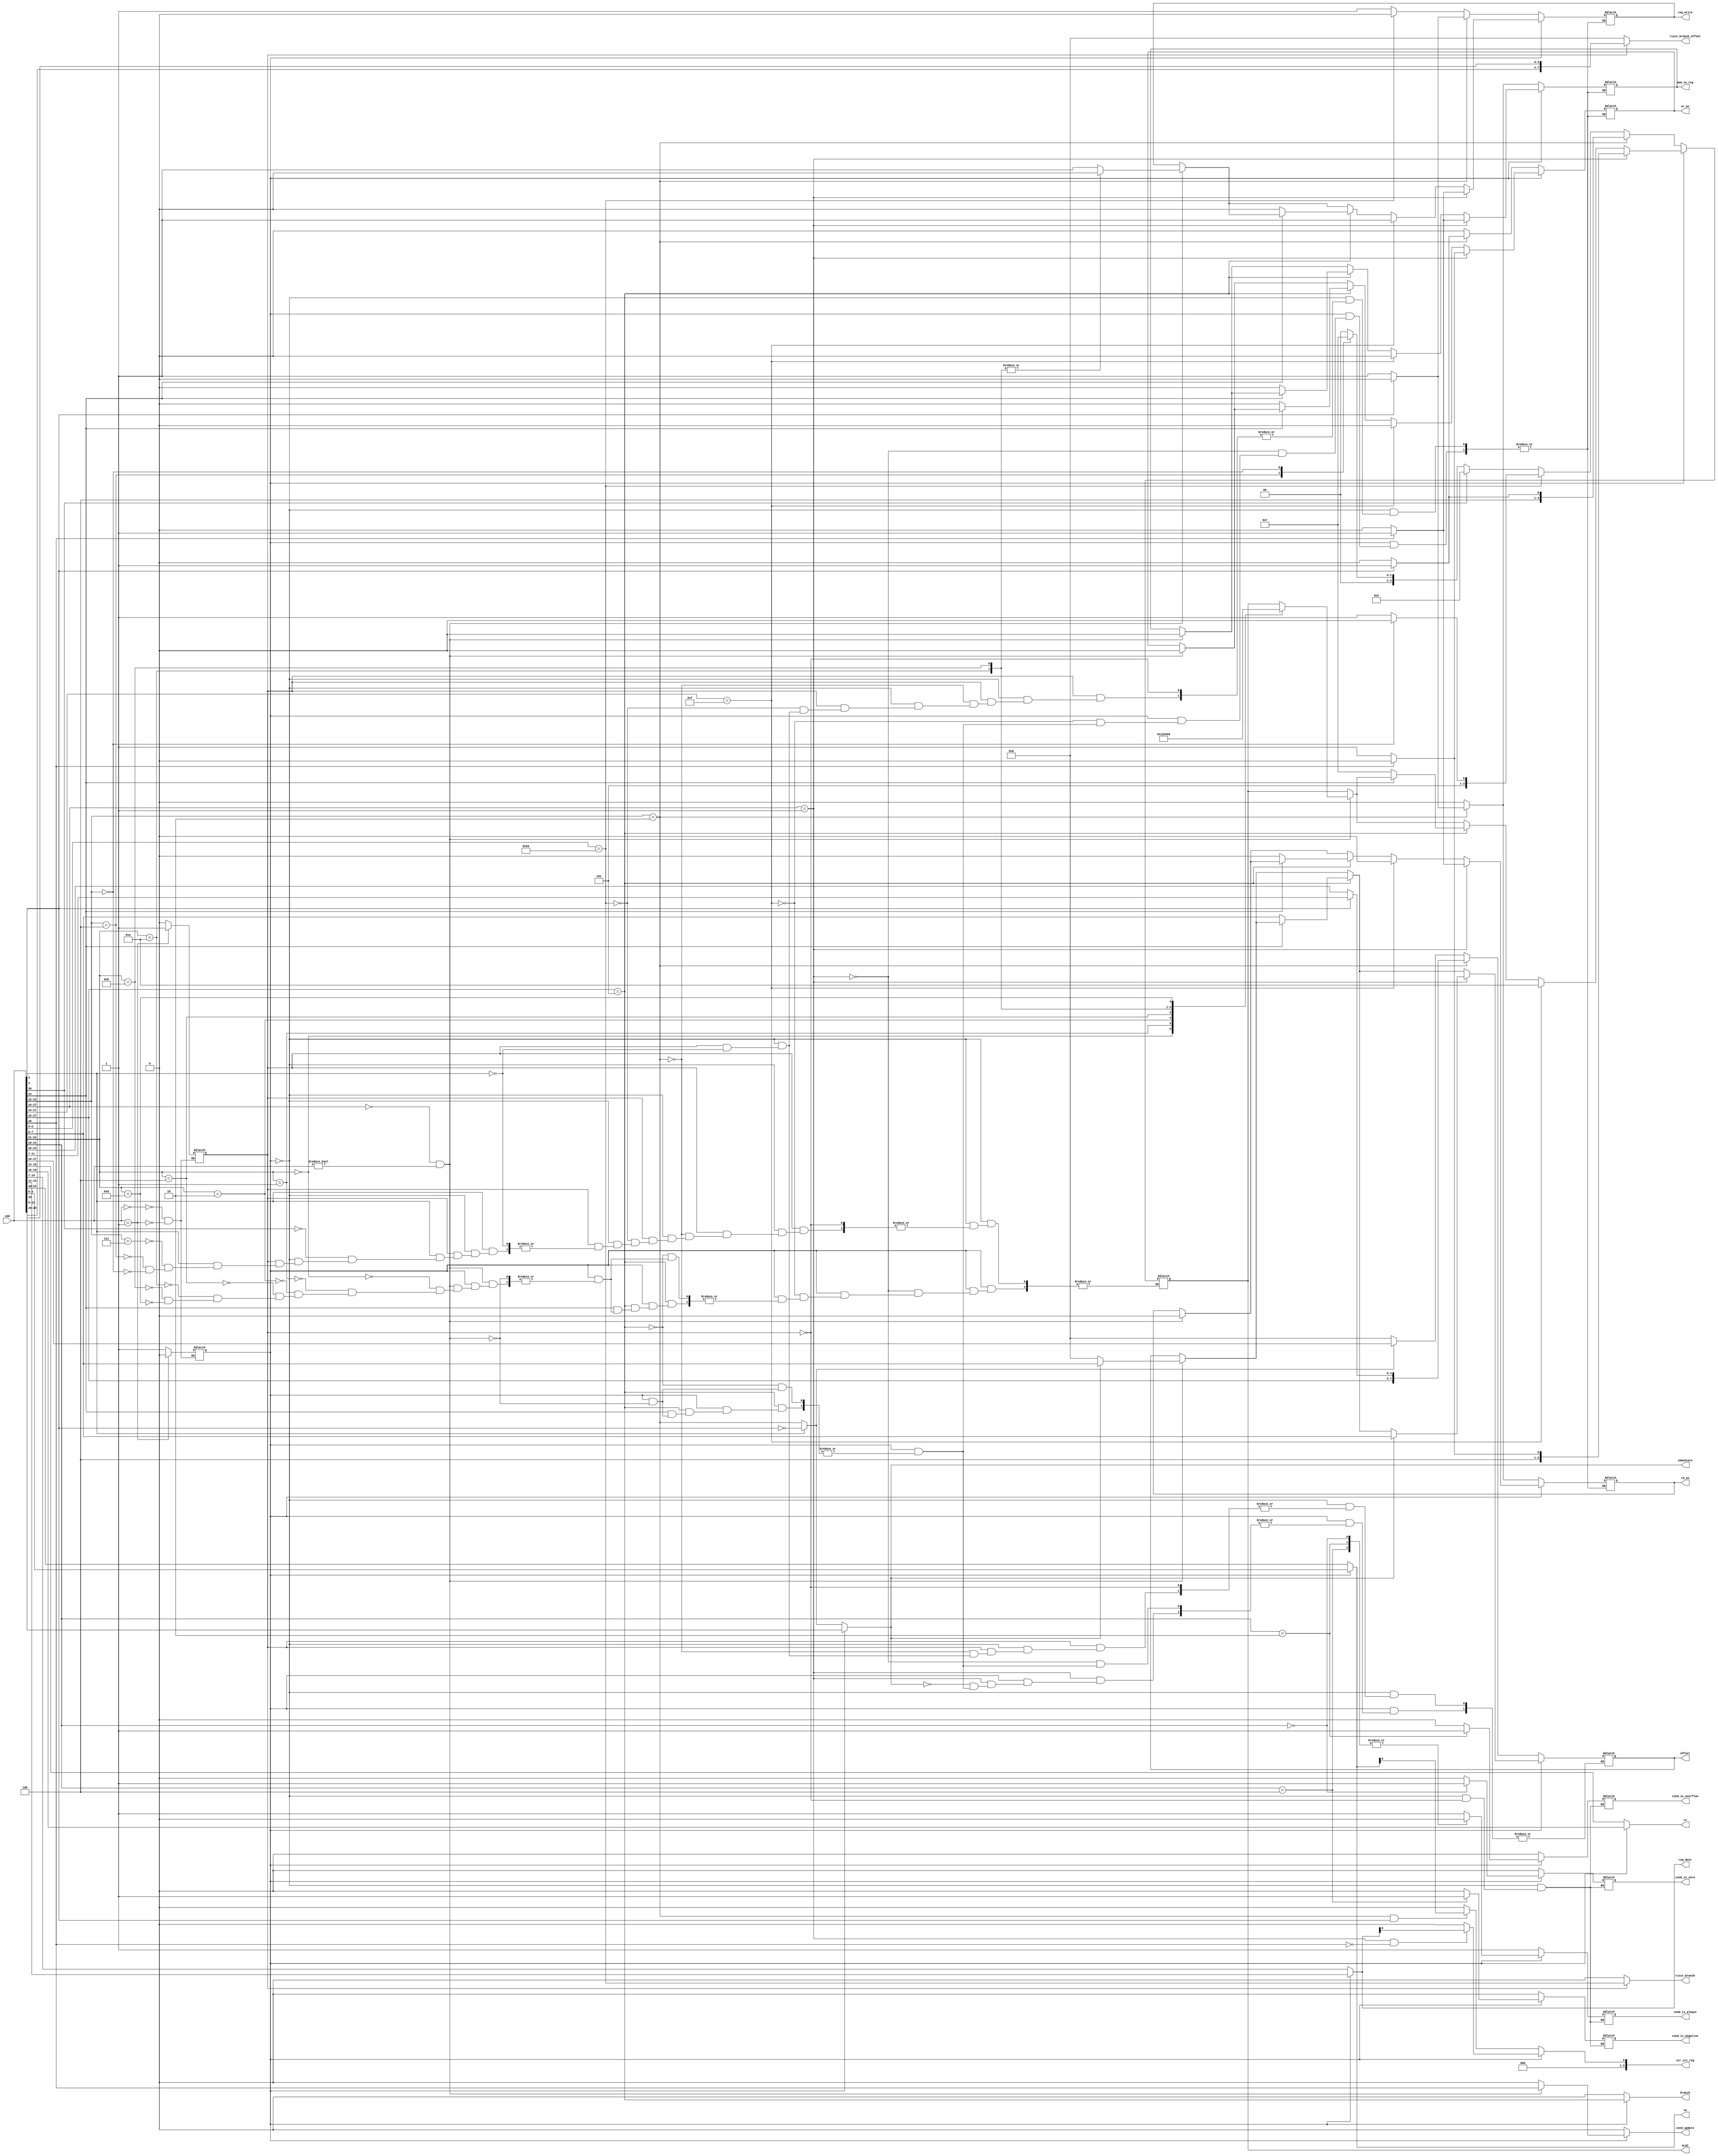
module ControlUnit (cmd,ALUC,rn,rm,reg_dest,str_src_reg,rd_en,wr_en,mem_to_reg,branch,reg_write,immediate,offset,cond_is_zero,
                    cond_is_negative,cond_is_overflow,cond_is_always,cond_update,riscv_branch_offset,riscv_branch);
  input [31:0] cmd;
  output reg rd_en,wr_en,mem_to_reg,reg_write;
  output [3:0]rn,rm,reg_dest;
  output reg [3:0]ALUC;
  output immediate,branch;
  output reg [7:0]offset;
  output [3:0] str_src_reg;
  output reg cond_is_zero;
  output reg cond_is_negative;
  output reg cond_is_overflow;
  output reg cond_is_always;
  output reg cond_update;
  output reg [7:0]riscv_branch_offset;
  output riscv_branch;
  wire cmd_is_dp;
  wire cmd_is_swi;
  wire cmd_is_b;
  wire cmd_is_ld_str;
  wire [3:0]cmd_conditions_bits;
  wire arm_str_reg;
  wire immediate_risc;
  
  reg arm_isa;
  reg riscv_isa;
  //RISC-V
  wire             cmd_risc_is_dp;
  wire             cmd_risc_is_swi;
  wire             cmd_risc_is_b;
  wire             cmd_risc_is_ld_str;
  wire riscv_str_reg;
  
  assign cmd_is_dp =  ( cmd[27:26]==2'b0 ) & (cmd != 32'b0);
  assign cmd_is_swi =  ( cmd[27:24]==4'b1111 );
  assign cmd_is_b =  ( cmd[27:25]==3'b101 );
  assign cmd_is_ld_str =  ( cmd[27:26]==2'b01 );
  assign rn = arm_isa ? cmd[19:16]: cmd[18:15];
  assign reg_dest = arm_isa ? cmd[15:12]:cmd[10:7]; 
  assign rm = arm_isa ? cmd[3:0]:cmd[23:20];
    
  assign immediate = arm_isa ? cmd[25]: immediate_risc;
  assign immediate_risc = cmd_risc_is_dp ? ~ cmd[5] : cmd_risc_is_ld_str;
  assign cond_update = arm_isa ? (cmd_is_dp ? cmd[20] : 0) :0;
  assign arm_str_reg = (cmd_is_ld_str & (cmd[20] == 1'b0)) ? reg_dest :4'b0;
  assign risc_str_reg = (cmd_risc_is_ld_str & cmd[5] == 1'b1) ? rm : 4'b0;
  assign str_src_reg = arm_isa ? arm_str_reg :risc_str_reg;
  assign cmd_conditions_bits = cmd[31:28];
  assign riscv_branch_offset = riscv_isa ? {cmd[28:25],cmd[11:8]}:8'b0; 
  //RISC-v
  assign cmd_risc_is_dp =  ( cmd[4]==1'b1 );
  assign cmd_risc_is_b =  ( cmd[6:0]==7'b1100011 );
  assign cmd_risc_is_ld_str =  ( cmd[14:12]==3'b010 );
  
  assign branch = arm_isa ? cmd_is_b : 0;
  assign riscv_branch = riscv_isa ? cmd_risc_is_b : 0;
  
  always @(*) begin
    case(cmd)
      32'h00000000 : begin
        arm_isa <= 1;
        riscv_isa <= 0;
      end
      32'h00000001: begin
        arm_isa <= 0;
        riscv_isa <= 1;
      end
    endcase
     end
  //data - processing
  always @(*) begin
    if (arm_isa) begin
      //default 
      cond_is_zero = 0;
      cond_is_negative = 0;
      cond_is_overflow = 0;
      cond_is_always = 0;

      case(cmd_conditions_bits)
        4'b0000: cond_is_zero = 1;
        4'b0100: cond_is_negative = 1;
        4'b0010: cond_is_overflow = 1;
        4'b1110: cond_is_always = 1;
        default: cond_is_always = 1;
      endcase

      if ( cmd_is_dp ) begin
        offset = immediate ? cmd[7:0] : 8'b0; //immediate
        reg_write = 1;
        rd_en = 0;
        wr_en = 0;
        mem_to_reg = 0;
        case (cmd[24:21])
          4'b0000: ALUC = 4'b0000; //and
          4'b0001: ALUC = 4'b0001; //eor
          4'b0010: ALUC = 4'b0010; //sub
          4'b0100: ALUC = 4'b0011; //add
          4'b1010: begin
            ALUC = 4'b0100; //cmp
            reg_write = 0;
          end
          4'b1011: begin
            ALUC = 4'b0101; //cmn
            reg_write = 0;
          end
          4'b1101: ALUC = 4'b0110; //mov
        endcase
      end

    //branch
      if ( cmd_is_b ) begin
        if ( cmd[24] == 1'b0 ) begin
          //branch without link
          offset = cmd[7:0];  //taking only first 8 bits of 24 bits offset
          ALUC = 4'b0111;
          reg_write = 0;
          rd_en = 0;
          wr_en = 0;
          mem_to_reg = 0;
        end
      end
    //software interrupt
      if ( cmd_is_swi ) begin
        ALUC = 4'b1010;
        reg_write = 1;
        rd_en = 0;
        wr_en = 0;
        mem_to_reg = 0;
      end
      //Load-Store 	
      if ( cmd_is_ld_str ) begin
        if ( immediate ) begin
          offset = cmd[7:0];    //taking only first 8 bits of 12 bits offset
          rd_en = 0;
          wr_en = 0;
          mem_to_reg = 0;
        end
        if ( cmd[20] == 1'b1 ) begin
          ALUC = 4'b1000;  //load
          rd_en = 1;
          wr_en = 0;
          mem_to_reg = 1;
          reg_write = 1;
        end
        else begin
          ALUC = 4'b1001;  //store
          rd_en = 0;
          wr_en = 1;
          mem_to_reg = 0;
          reg_write = 0;
        end
      end
     end
    else if (riscv_isa) begin
      
      cond_is_zero = 0;
      cond_is_negative = 0;
      cond_is_overflow = 0;
      cond_is_always = 1;
      
      if ( cmd_risc_is_dp ) begin
        offset = immediate_risc ? cmd[27:20] :8'b0; //immediate
        reg_write = 1;
        rd_en = 0;
        wr_en = 0;
        mem_to_reg = 0;
        case (cmd[14:12])
          3'b111: ALUC = 4'b0000; //and
          3'b100: ALUC = 4'b0001; //eor
          3'b000: ALUC = 4'b0011; //add
        endcase
        if (cmd[30]==1) begin
          ALUC = 4'b0010; //sub
        end
      end
      if ( cmd_risc_is_b ) begin
        if ( cmd[14:12] == 3'b000 ) begin
          //BEQ
          //offset = cmd[7:0];
          ALUC = 4'b1010;
          reg_write = 0;
          rd_en = 0;
          wr_en = 0;
          mem_to_reg = 0;
        end
        else begin
          //BNEQ
          //offset = cmd[7:0]; 
          ALUC = 4'b1011;
          reg_write = 0;
          rd_en = 0;
          wr_en = 0;
          mem_to_reg = 0;
        end
   	 end
     
     if ( cmd_risc_is_ld_str ) begin
        rd_en = 0;
        wr_en = 0;
        mem_to_reg = 0;
        if ( cmd[5] == 1'b0 ) begin
          ALUC = 4'b1000;  //load
          offset = cmd[27:20];   
          rd_en = 1;
          wr_en = 0;
          mem_to_reg = 1;
          reg_write = 1;
        end
        else begin
          ALUC = 4'b1001;  //store
          offset = {cmd[27:25],cmd[11:7]}; 
          rd_en = 0;
          wr_en = 1;
          mem_to_reg = 0;
          reg_write = 0;
        end
    end 
    end  
      
   end
endmodule